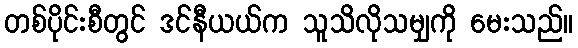
တစ်ပိုင်းစီတွင် ဒင်နီယယ်က သူသိလိုသမျှကို မေးသည်။